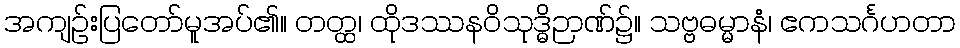
အကျဉ်းပြတော်မူအပ်၏။ တတ္ထ၊ ထိုဒဿနဝိသုဒ္ဓိဉာဏ်၌။ သဗ္ဗဓမ္မာနံ၊ ဧကသင်္ဂဟတာ